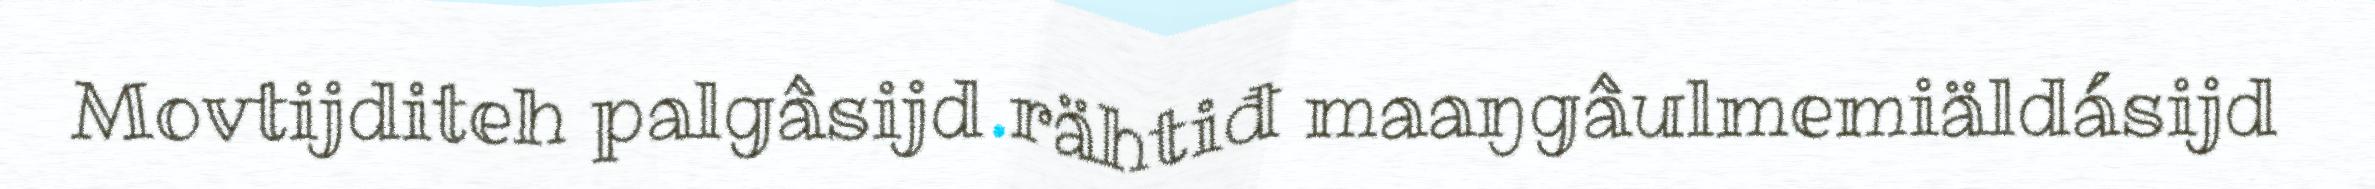
Movtijditeh palgâsijd rähtiđ maaŋgâulmemiäldásijd